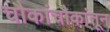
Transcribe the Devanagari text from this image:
चौकांचौकांतून